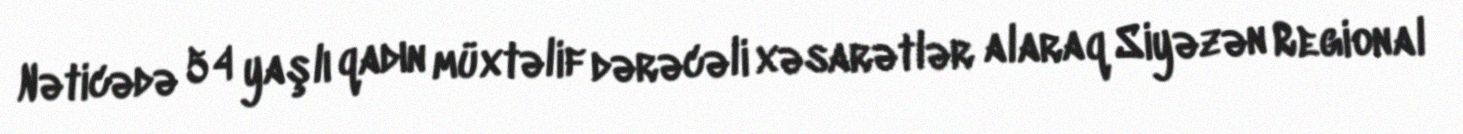
Nəticədə 54 yaşlı qadın müxtəlif dərəcəli xəsarətlər alaraq Siyəzən Regional